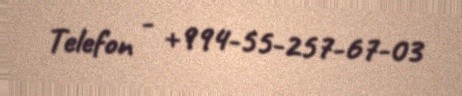
Telefon - +994-55-257-67-03